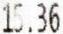
15.36